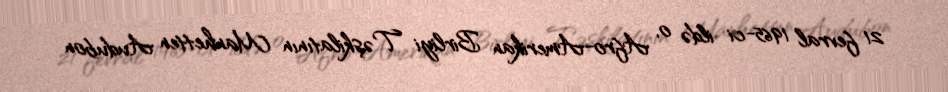
21 fevral 1965-ci ildə o, Afro-Amerikan Birliyi Təşkilatının Manhetten Audubon